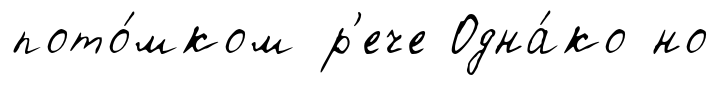
пото́мком р'ече Одна́ко но